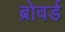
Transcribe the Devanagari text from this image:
ब्रोवर्ड